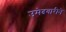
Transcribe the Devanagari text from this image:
उमेदवारीने